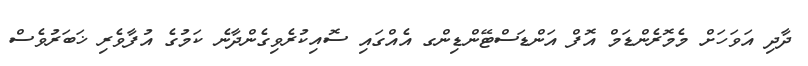
ދާދި އަވަހަށް މެމޮރެންޑަމް އޮފް އަންޑަސްޓޭންޑިންގ އެއްގައި ސޮއިކުރެވިގެންދާނެ ކަމުގެ އުފާވެރި ޚަބަރުވެސް